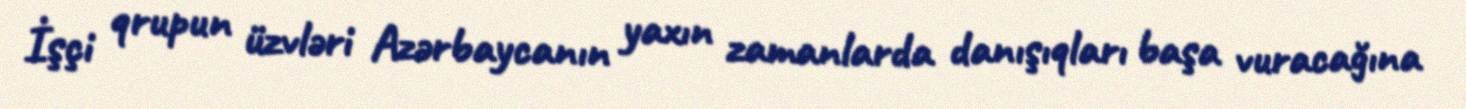
İşçi qrupun üzvləri Azərbaycanın yaxın zamanlarda danışıqları başa vuracağına